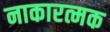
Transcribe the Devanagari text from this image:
नाकारत्मक